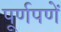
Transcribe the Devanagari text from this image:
पूर्णपणें